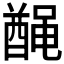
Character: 𫜟